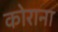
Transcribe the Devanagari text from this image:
कोराना